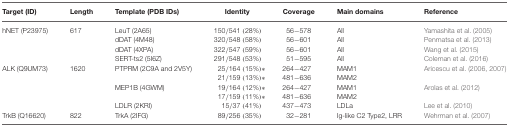
<table><thead><tr><td><b>Target (ID)</b></td><td><b>Length</b></td><td><b>Template (PDB IDs)</b></td><td><b>Identity</b></td><td><b>Coverage</b></td><td><b>Main domains</b></td><td><b>Reference</b></td></tr></thead><tbody><tr><td>hNET (P23975)</td><td>617</td><td>LeuT (2A65)</td><td>150/541 (28%)</td><td>56-578</td><td>All</td><td>Yamashita et al. (2005)</td></tr><tr><td></td><td></td><td>dDAT (4M48)</td><td>320/548 (58%)</td><td>56-601</td><td>All</td><td>Penmatsa et al. (2013)</td></tr><tr><td></td><td></td><td>dDAT (4XPA)</td><td>322/547 (59%)</td><td>56-601</td><td>All</td><td>Wang et al. (2015)</td></tr><tr><td></td><td></td><td>SERT-ts2 (5I6Z)</td><td>291/548 (53%)</td><td>51-595</td><td>All</td><td>Coleman et al. (2016)</td></tr><tr><td>ALK (Q9UM73)</td><td>1620</td><td>PTPRM (2C9A and 2V5Y)</td><td>25/164 (15%)*</td><td>264-427</td><td>MAM1</td><td>Aricescu et al. (2006); Aricescu et al. (2007)</td></tr><tr><td></td><td></td><td></td><td>21/159 (13%)*</td><td>481-636</td><td>MAM2</td><td></td></tr><tr><td></td><td></td><td>MEP1B (4GWM)</td><td>19/164 (12%)*</td><td>264-427</td><td>MAM1</td><td>Arolas et al. (2012)</td></tr><tr><td></td><td></td><td></td><td>17/159 (11%)*</td><td>481-636</td><td>MAM2</td><td></td></tr><tr><td></td><td></td><td>LDLR (2KRI)</td><td>15/37 (41%)</td><td>437-473</td><td>LDLa</td><td>Lee et al. (2010)</td></tr><tr><td>TrkB (Q16620)</td><td>822</td><td>TrkA (2IFG)</td><td>89/256(35%)</td><td>32-281</td><td>Ig-like C2 Type2, LRR</td><td>Wehrman et al. (2007)</td></tr></tbody></table>